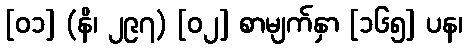
[၀၁] (နိ၊ ၂၉၇) [၀၂] စာမျက်နှာ [၁၆၅] ပန၊